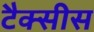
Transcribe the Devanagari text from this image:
टैक्सीस